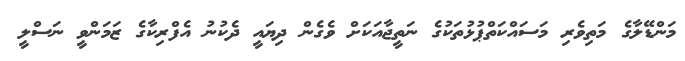
މަންޑޭލާގެ މަތިވެރި މަސައްކަތްޕުޅުތަކުގެ ނަތީޖާއަކަށް ވެގެން ދިޔައީ ދެކުނު އެފްރިކާގެ ޒަމަންވީ ނަސްލީ